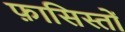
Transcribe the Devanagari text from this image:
फ़ासिस्तों